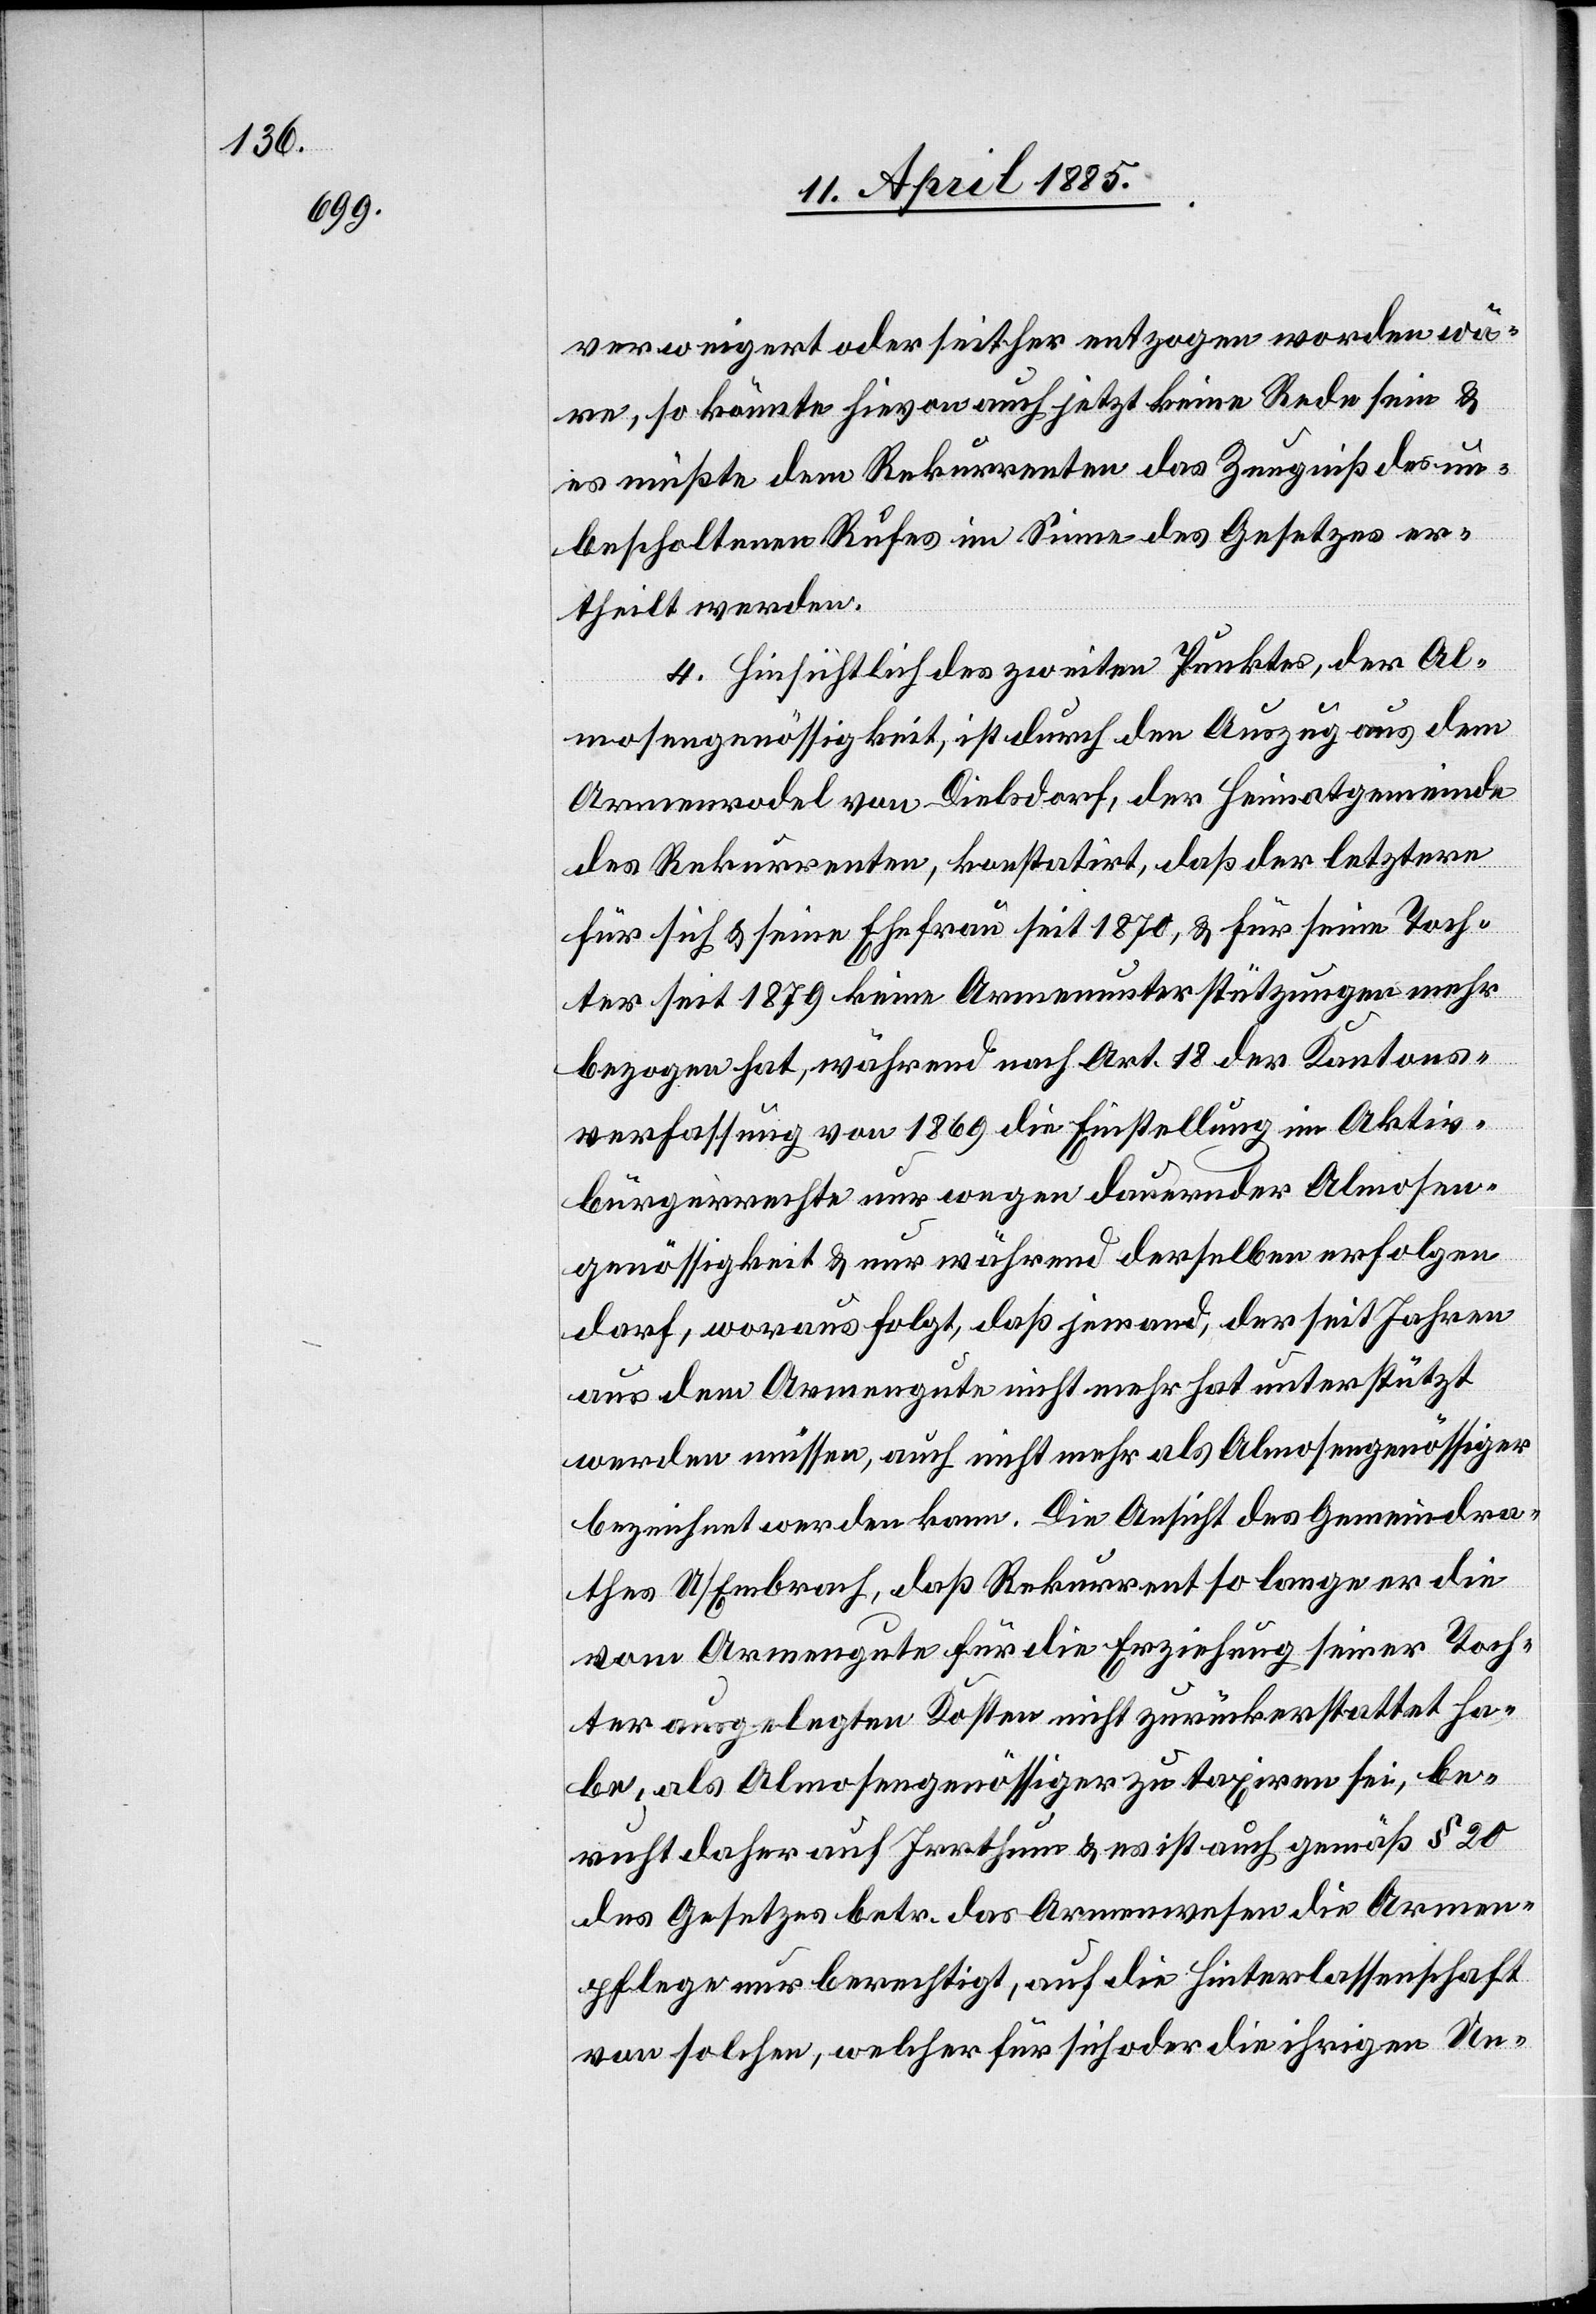
verweigert oder seither entzogen worden wä¬
re, so könnte hievon auch jetzt keine Rede sein &
es müßte dem Rekurrenten das Zeugniß des un¬
bescholtenen Rufes im Sinne des Gesetzes er¬
theilt werden.
4. Hinsichtlich des zweiten Punktes, der Al¬
mosengenössigkeit, ist durch den Auszug aus dem
Armenrodel von Dielsdorf, der Heimatgemeinde
des Rekurrenten, konstatirt, daß der letztere
für sich & seine Ehefrau seit 1870, & für seine Toch¬
ter seit 1879 keine Armenunterstützungen mehr
bezogen hat, während nach Art. 18 der Kantons¬
verfassung von 1869 die Einstellung im Aktiv¬
bürgerrechte nur wegen dauernder Almosen¬
genössigkeit & nur während derselben erfolgen
darf, woraus folgt, daß jemand, der seit Jahren
aus dem Armengute nicht mehr hat unterstützt
werden müssen, auch nicht mehr als Almosengenössiger
bezeichnet werden kann. Die Ansicht des Gemeindra¬
thes U/Embrach, daß Rekurrent so lange er die
vom Armengute für die Erziehung seiner Toch¬
ter ausgelegten Kosten nicht zurückerstatte ha¬
be, als Almosengenössiger zu taxiren sei, be¬
ruht daher auf Irrthum & es ist auch gemäß § 20
des Gesetzes betr. das Armenwesen die Armen¬
pflege nur berechtigt, auf die Hinterlassenschaft
von solchen, welcher [sic!] für sich oder die ihrigen Un-